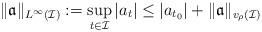
LaTeX: \begin{align*}\|\mathfrak{a}\|_{L^\infty(\mathcal I)}:=\sup_{t\in \mathcal I}|a_t|\le |a_{t_0}|+\|\mathfrak{a}\|_{v_\rho(\mathcal I)}\end{align*}